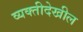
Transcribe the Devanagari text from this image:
व्यक्तीदेखील